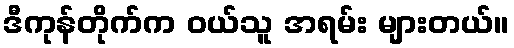
ဒီကုန်တိုက်က ဝယ်သူ အရမ်း များတယ်။